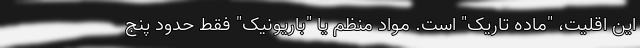
این اقلیت، "ماده تاریک" است. مواد منظم یا "باریونیک" فقط حدود پنج